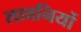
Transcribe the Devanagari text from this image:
लावनियों